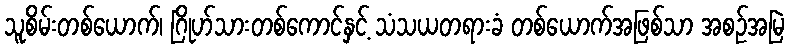
သူစိမ်းတစ်ယောက်၊ ဂြိုဟ်သားတစ်ကောင်နှင့် သံသယတရားခံ တစ်ယောက်အဖြစ်သာ အစဉ်အမြဲ